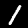
Digit: 1